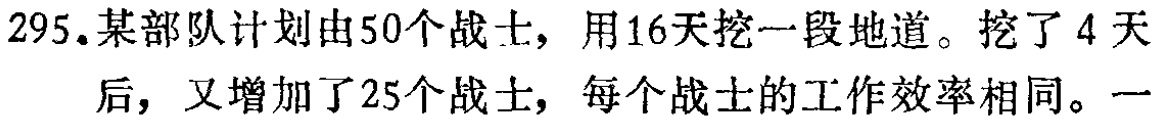
295.某部队计划由50个战士，用16天挖一段地道。挖了4 天
后，又增加了25个战士，每个战士的工作效率相同。一